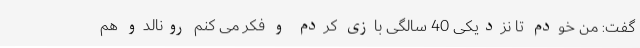
گفت: من خودم تا نزدیکی 40 سالگی بازی کردم و فکر می کنم رونالدو هم